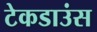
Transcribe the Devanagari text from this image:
टेकडाउंस